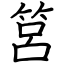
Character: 筥